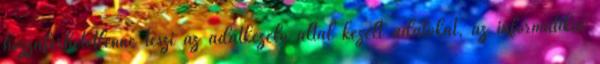
hozzáférhetetlenné teszi az adatkezelő által kezelt adatokat, az informatikai